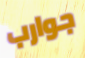
جوارب